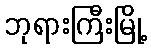
ဘုရားကြီးမြို့